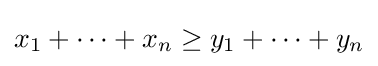
x_{1}+\cdots +x_{n}\geq y_{1}+\cdots +y_{n}